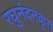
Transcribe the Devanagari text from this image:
रघुनंदनकृत